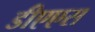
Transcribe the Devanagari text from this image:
डीएएस